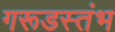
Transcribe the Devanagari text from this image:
गरूडस्तंभ